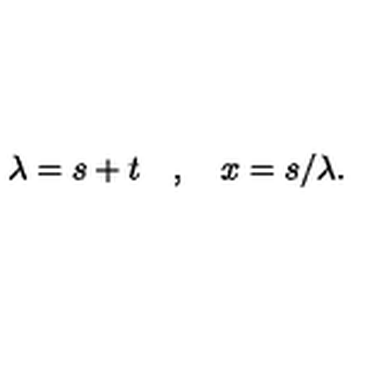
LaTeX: \lambda = s + t \quad , \quad x = s / \lambda .